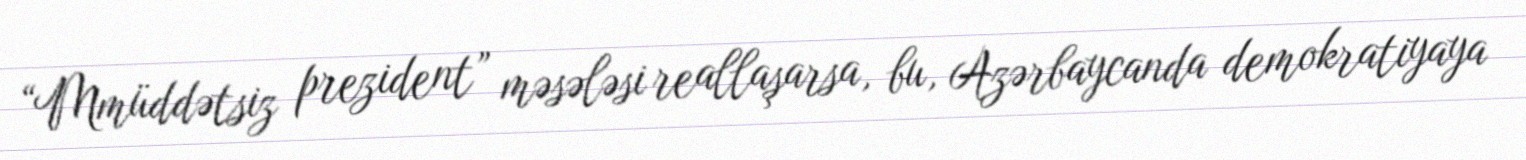
“Mmüddətsiz prezident” məsələsi reallaşarsa, bu, Azərbaycanda demokratiyaya